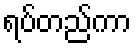
ရပ်တည်ကာ